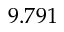
9 . 7 9 1